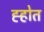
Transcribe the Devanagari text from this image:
ह्होत